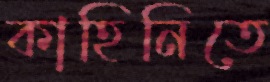
কাহিনিতে